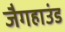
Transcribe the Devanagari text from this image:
जैगहाउंड